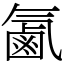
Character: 㲶